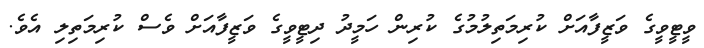
ވީޓީވީގެ ވަޒީފާއަށް ކުރިމަތިލުމުގެ ކުރިން ހަމީދު ދިޓީވީގެ ވަޒީފާއަށް ވެސް ކުރިމަތިލި އެވެ.